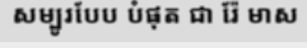
សម្បូរបែប បំផុត ជា រ៉ែ មាស